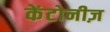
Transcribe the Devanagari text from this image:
केंटोनीज़